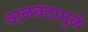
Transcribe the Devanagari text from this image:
वाळवंटामुळे